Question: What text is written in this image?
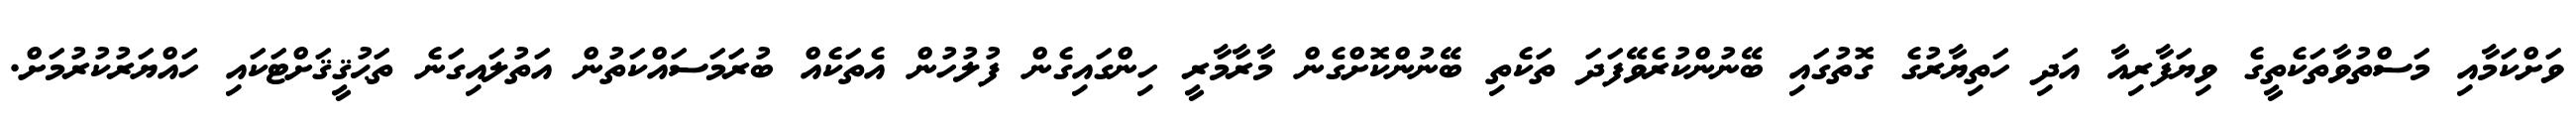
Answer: ވަށްކަމާއި މަސްތުވާތަކެތީގެ ވިޔަފާރިއާ އަދި ހަތިޔާރުގެ ގޮތުގައި ބޭނުންކުރެވޭފަދަ ތަކެތި ބޭނުންކޮށްގެން މާރާމާރީ ހިންގައިގެން ފުލުހުން އެތަކެއް ބުރަމަސައްކަތުން އަތުލައިގަނެ ތަޙުޤީޤަށްޓަކައި ހައްޔަރުކުރުމަށް.